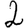
Digit: 2